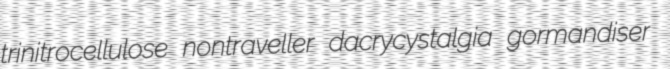
trinitrocellulose nontraveller dacrycystalgia gormandiser